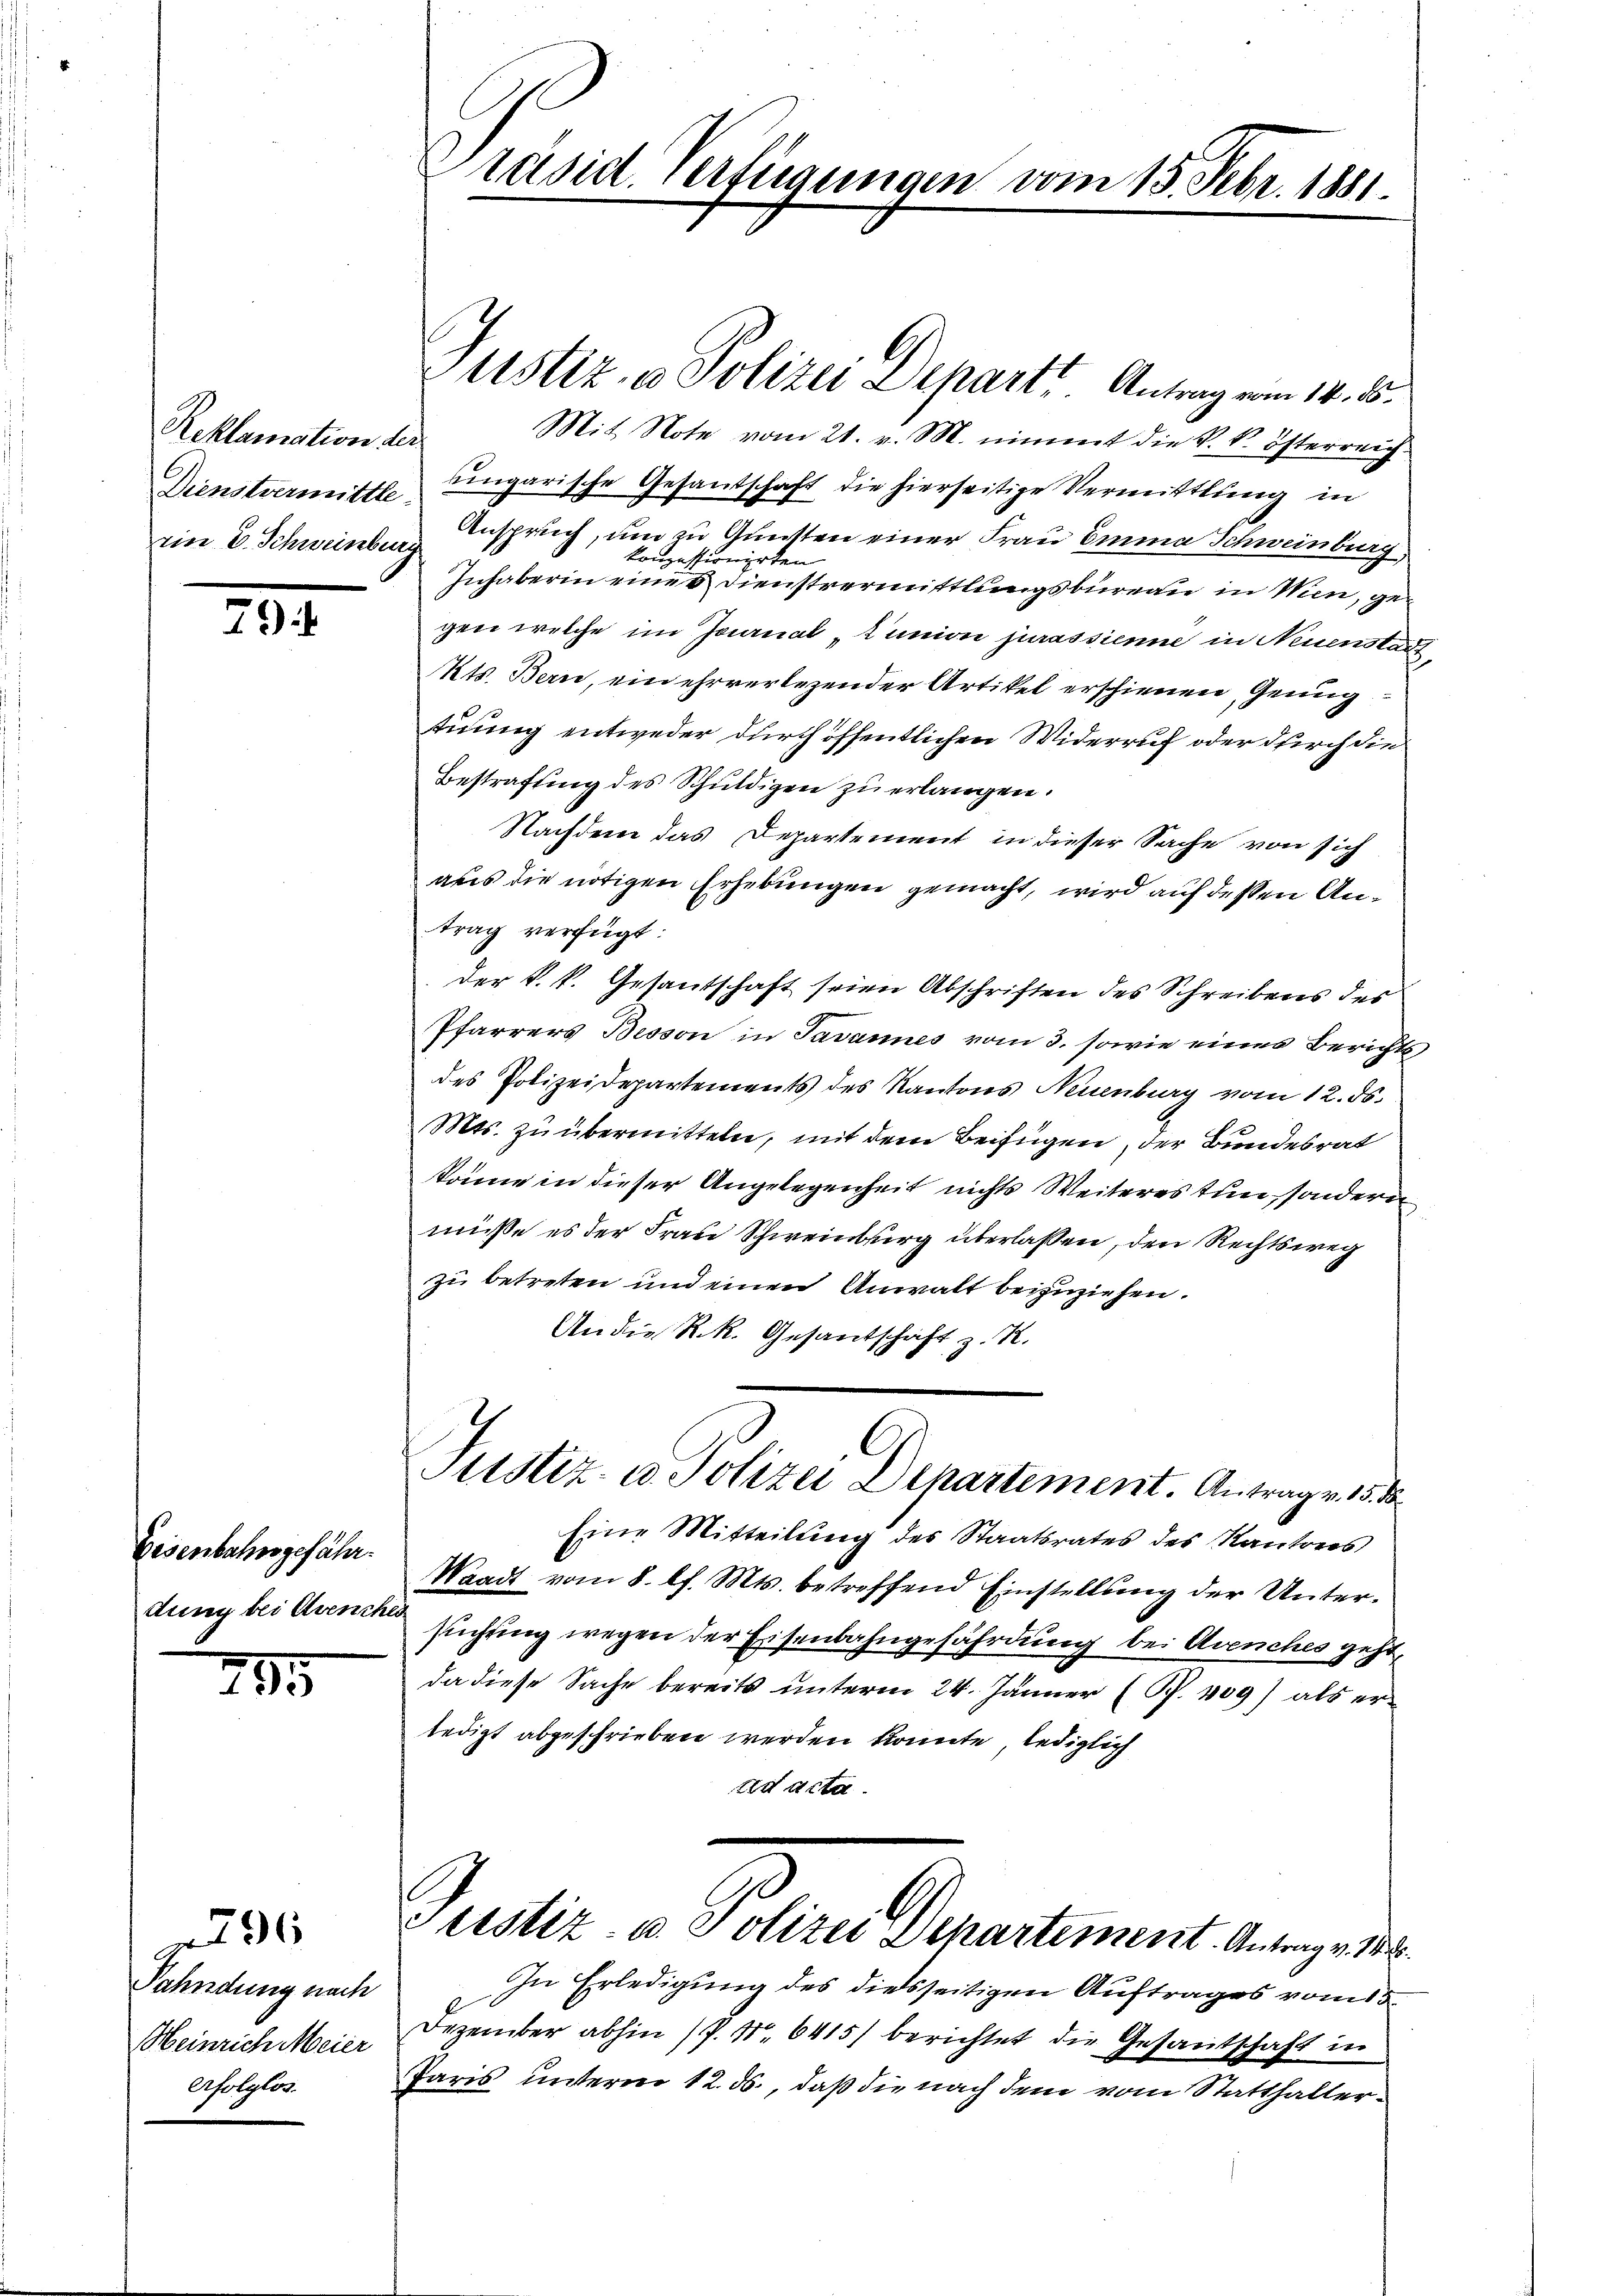
Reklamation der
ein E. Schweinburg

Disenbahrsgefähr
dung bei Avench

30

294.

295

Fahndung nach
Heinrich Meier
erfolglos.

Präsid. Verfügungen vom 15. Febr. 1881

Mit Note vom 21. v. M. nimmt die k. k. österreich
Dienstvermitte ungarische Gesantschaft die hierseitige Vermittlung in
Anspruch, um zu Gunsten einer Frau Emma Schweinberg,
konzessionirten
Inhaberin eine  Dienstvermittlungsbureau in Wien, gegen welche im Journal „Lunion jurassienne in Neuenstadt
Kts. Bern, ein ehrverlegender Artikel erschienen, Genug
tuung entweder durch öffentlichen Widerruf oder durch die
Bestrafung des Schuldigen zu erlangen.
Nachdem das Departement in dieser Sache von sich
aus die nötigen Erhebungen gemacht, wird auf dessen Antrag verfügt:
der k.k. Gesantschaft seien Abschriften des Schreibens des
Pfarrers Besson in Javannes vom 3. sowie eines Berichts
des Polizeidepartements des Kantons Neuenburg vom 12. ds.
Mts. zu übermitteln, mit dem Beifügen, der Bundesrat
könne in dieser Angelegenheit nichts Weiteres tun, sondern
müsse es der Frau Schweinburg überlaßen, den Rechtsweg
zu betreten und einen Anwalt beizuziehen.
An die R. R. Gesantschaft z. K.
C
Sistiz- u. Polizei Dekartement. Antrag v. 15. d
Eine Mitteilŭng des Staatsrates des Kantreis
Waadt vom 8. l. Mts. betreffend Einstellung der Untersuchung wegen der Eisenbahngefährdung bei Avenches geht,
da diese Sache bereits unterm 24. Jänner (S. 409) als erledigt abgeschrieben werden könnte, lediglich
ted acta.
Justiz- u. Polizei Departement. Antrage de
In Erledigung des diesseitigen Auftrages vom 3.
Dezember abhin (P. Nr. 6415/ berichtet die Gesantschaft in
Paris unterm 12. ds., daß die nach dem vom Statthalter¬

Justiz & Polizei Departt. Antrag vom 14. 5.